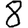
Digit: 8